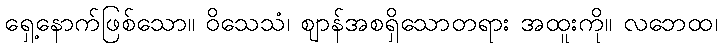
ရှေ့နောက်ဖြစ်သော။ ဝိသေသံ၊ ဈာန်အစရှိသောတရား အထူးကို။ လဘေထ၊